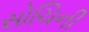
સોચિની